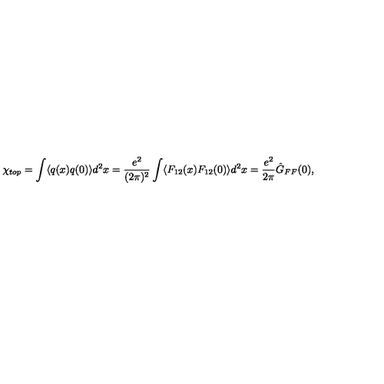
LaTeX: \chi _ { t o p } = \int \langle q ( x ) q ( 0 ) \rangle d ^ { 2 } x = \frac { e ^ { 2 } } { ( 2 \pi ) ^ { 2 } } \int \langle F _ { 1 2 } ( x ) F _ { 1 2 } ( 0 ) \rangle d ^ { 2 } x = \frac { e ^ { 2 } } { 2 \pi } \hat { G } _ { F F } ( 0 ) ,